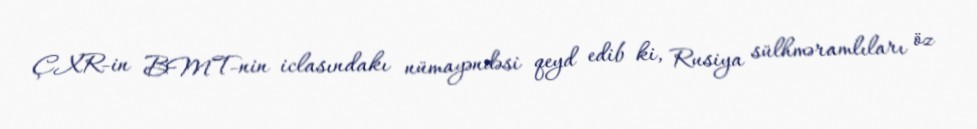
ÇXR-in BMT-nin iclasındakı nümayəndəsi qeyd edib ki, Rusiya sülhməramlıları öz